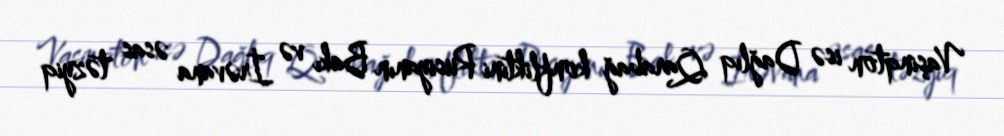
Vaşinqton isə Dağlıq Qarabağ konfliktini Rusiyanın Bakı və İrəvana əsas təzyiq